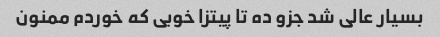
بسیار عالی شد جزو ده تا پیتزا خوبی که خوردم ممنون